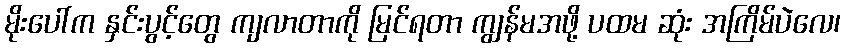
မိုးပေါ်က နှင်းပွင့်တွေ ကျလာတာကို မြင်ရတာ ကျွန်မအဖို့ ပထမ ဆုံး အကြိမ်ပဲလေ၊